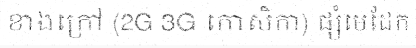
ខាងក្រៅ (2G 3G កោសិកា) ផ្សំមេដែក